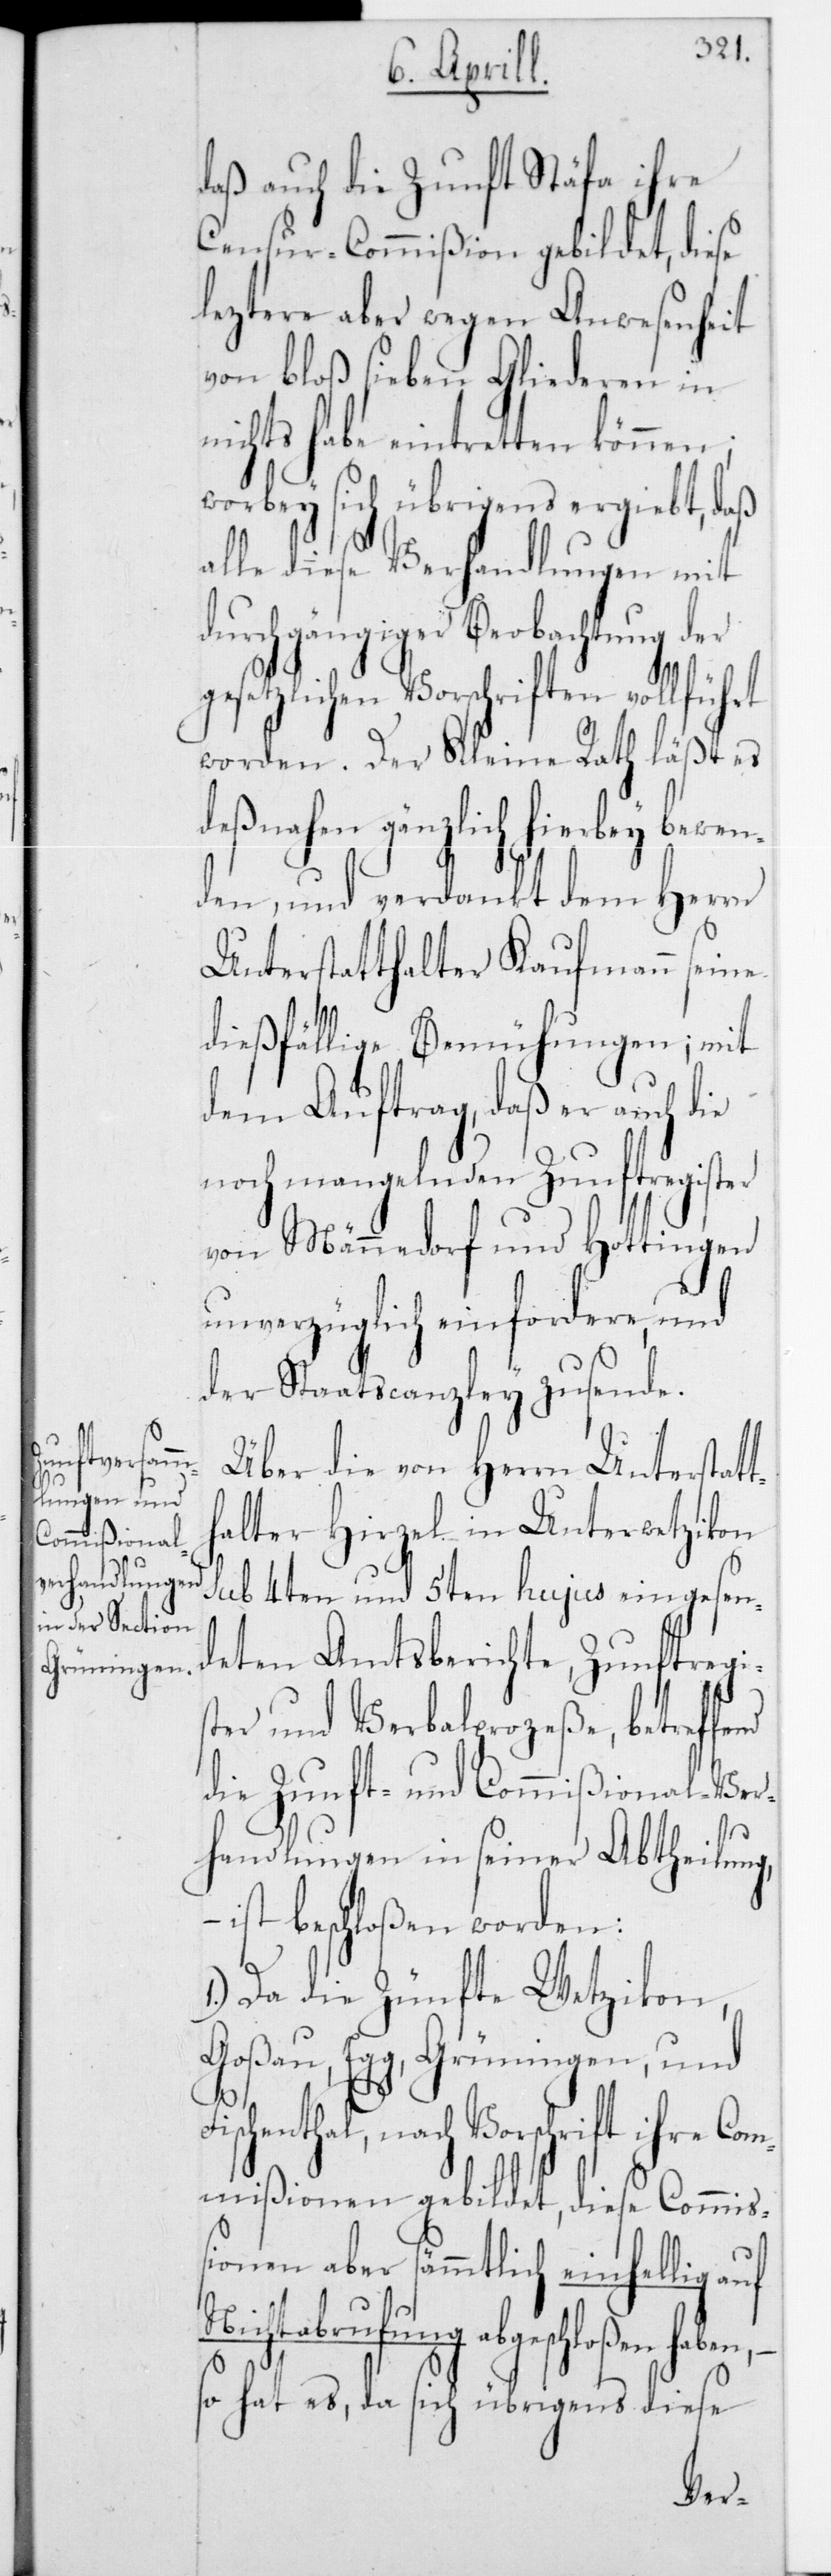
haben,

daß auch die Zunft Stäfa ihre
Censur-Commißion gebildet, diese
leztere aber wegen Anwesenheit
von bloß sieben Gliederen in n¬
ichts habe eintretten
worbey sich übrigens ergiebt, daß
alle diese Verhandlungen mit
durchgängiger Beobachtung der
gesetzlichen Vorschriften vollführt
worden. Der Kleine Rath läßt es
deßnahen gänzlich hierbey bewen¬
den, und verdankt dem Herrn
Unterstatthalter Kaufmann seine
dießfällige Bemühungen; mit
dem Auftrag, daß er auch die
noch mangelnden Zunftregister
von Männedorf und Hottingen
unverzüglich einfordere und
der Staatscanzley zusende.
Über die von Herrn Unterstatt¬
halter Hirzel in Unterwetzikon
sub 4ten und 5ten hujus eingesen¬
deten Amtsberichte, Zunftregis¬
ter und Verbalprozeße, betref¬
die Zunft- und Commißional-Ver¬
handlungen in seiner Abtheilun¬
ist beschloßen worden:
1.) Da die Zünfte Wetzikon,
Goßau, Egg, Grüningen und
Fischenthal, nach Vorschrift ihre Com¬
mißionen gebildet, diese Commiß¬
ionen aber sämmtlich einhellig auf
Nichtabrufung abgeschloßen
so hat es, da sich übrigens diese
g, –